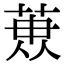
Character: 𮏳